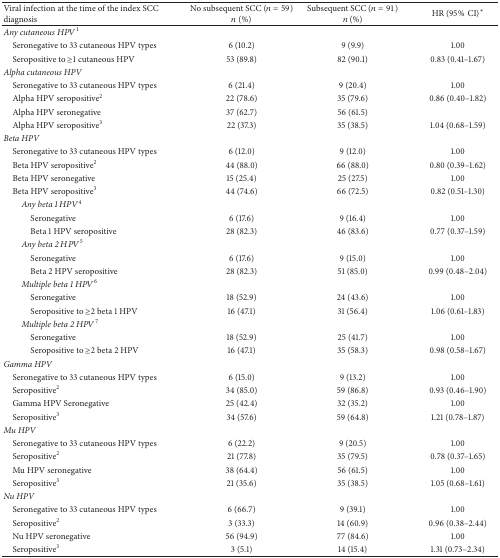
<table><thead><tr><td><b>Viral infection at the time of the index SCC diagnosis</b></td><td><b>No subsequent SCC (<i>n</i> = 59)<i>n</i> (%)</b></td><td><b>Subsequent SCC (<i>n</i> = 91)<i>n</i> (%)</b></td><td><b>HR (95%CI)<sup><i>∗</i></sup></b></td></tr></thead><tbody><tr><td><i>Any cutaneous HPV</i><sup>1</sup></td><td> </td><td> </td><td> </td></tr><tr><td> Seronegative to 33 cutaneous HPV types</td><td>6 (10.2)</td><td>9 (9.9)</td><td>1.00</td></tr><tr><td> Seropositive to ≥1 cutaneous HPV</td><td>53 (89.8)</td><td>82 (90.1)</td><td>0.83 (0.41–1.67)</td></tr><tr><td><i>Alpha cutaneous HPV</i></td><td> </td><td> </td><td> </td></tr><tr><td> Seronegative to 33 cutaneous HPV types</td><td>6 (21.4)</td><td>9 (20.4)</td><td>1.00</td></tr><tr><td> Alpha HPV seropositive<sup>2</sup></td><td>22 (78.6)</td><td>35 (79.6)</td><td>0.86 (0.40–1.82)</td></tr><tr><td> Alpha HPV seronegative</td><td>37 (62.7)</td><td>56 (61.5)</td><td> </td></tr><tr><td> Alpha HPV seropositive<sup>3</sup></td><td>22 (37.3)</td><td>35 (38.5)</td><td>1.04 (0.68–1.59)</td></tr><tr><td><i>Beta HPV</i></td><td> </td><td> </td><td> </td></tr><tr><td> Seronegative to 33 cutaneous HPV types</td><td> 6 (12.0)</td><td>9 (12.0)</td><td>1.00</td></tr><tr><td> Beta HPV seropositive<sup>2</sup></td><td>44 (88.0)</td><td>66 (88.0)</td><td>0.80 (0.39–1.62)</td></tr><tr><td> Beta HPV seronegative</td><td>15 (25.4)</td><td>25 (27.5)</td><td>1.00</td></tr><tr><td> Beta HPV seropositive<sup>3</sup></td><td>44 (74.6)</td><td>66 (72.5)</td><td>0.82 (0.51–1.30)</td></tr><tr><td><i>Any beta 1 HPV</i><sup>4</sup></td><td> </td><td> </td><td> </td></tr><tr><td>Seronegative</td><td>6 (17.6)</td><td> 9 (16.4)</td><td> 1.00</td></tr><tr><td>Beta 1 HPV seropositive</td><td>28 (82.3)</td><td> 46 (83.6)</td><td> 0.77 (0.37–1.59)</td></tr><tr><td><i>Any beta 2 HPV</i><sup>5</sup></td><td> </td><td> </td><td> </td></tr><tr><td>Seronegative</td><td>6 (17.6)</td><td> 9 (15.0)</td><td> 1.00</td></tr><tr><td>Beta 2 HPV seropositive</td><td>28 (82.3)</td><td>51 (85.0)</td><td>0.99 (0.48–2.04)</td></tr><tr><td><i>Multiple beta 1 HPV</i><sup>6</sup></td><td> </td><td> </td><td> </td></tr><tr><td>Seronegative</td><td>18 (52.9)</td><td>24 (43.6)</td><td>1.00</td></tr><tr><td>Seropositive to ≥2 beta 1 HPV</td><td>16 (47.1)</td><td>31 (56.4)</td><td>1.06 (0.61–1.83)</td></tr><tr><td><i>Multiple beta 2 HPV</i><sup>7</sup></td><td> </td><td> </td><td> </td></tr><tr><td>Seronegative</td><td>18 (52.9)</td><td>25 (41.7)</td><td>1.00</td></tr><tr><td>Seropositive to ≥2 beta 2 HPV</td><td>16 (47.1)</td><td>35 (58.3)</td><td>0.98 (0.58–1.67)</td></tr><tr><td><i>Gamma HPV</i></td><td> </td><td> </td><td> </td></tr><tr><td> Seronegative to 33 cutaneous HPV types</td><td> 6 (15.0)</td><td>9 (13.2)</td><td>1.00</td></tr><tr><td> Seropositive<sup>2</sup></td><td>34 (85.0)</td><td>59 (86.8)</td><td>0.93 (0.46–1.90)</td></tr><tr><td> Gamma HPV Seronegative</td><td>25 (42.4)</td><td>32 (35.2)</td><td>1.00</td></tr><tr><td> Seropositive<sup>3</sup></td><td>34 (57.6)</td><td>59 (64.8)</td><td>1.21 (0.78–1.87)</td></tr><tr><td><i>Mu HPV</i></td><td> </td><td> </td><td> </td></tr><tr><td> Seronegative to 33 cutaneous HPV types</td><td>6 (22.2)</td><td>9 (20.5)</td><td>1.00</td></tr><tr><td> Seropositive<sup>2</sup></td><td>21 (77.8)</td><td>35 (79.5)</td><td>0.78 (0.37–1.65)</td></tr><tr><td> Mu HPV seronegative</td><td>38 (64.4)</td><td>56 (61.5)</td><td>1.00</td></tr><tr><td> Seropositive<sup>3</sup></td><td>21 (35.6)</td><td>35 (38.5)</td><td>1.05 (0.68–1.61)</td></tr><tr><td><i>Nu HPV</i></td><td> </td><td> </td><td> </td></tr><tr><td> Seronegative to 33 cutaneous HPV types</td><td>6 (66.7)</td><td>9 (39.1)</td><td>1.00</td></tr><tr><td> Seropositive<sup>2</sup></td><td>3 (33.3)</td><td>14 (60.9)</td><td>0.96 (0.38–2.44)</td></tr><tr><td> Nu HPV seronegative</td><td>56 (94.9)</td><td>77 (84.6)</td><td>1.00</td></tr><tr><td> Seropositive<sup>3</sup></td><td>3 (5.1)</td><td>14 (15.4)</td><td>1.31 (0.73–2.34)</td></tr></tbody></table>